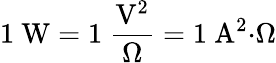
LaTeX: \mathrm{1~W=1~{\frac{V^{2}}{\Omega}}=1~A^{2}{\cdot}\Omega}